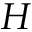
H